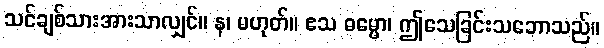
သင်ချစ်သားအားသာလျှင်။ န၊ မဟုတ်။ ဧသ ဓမ္မော၊ ဤသေခြင်းသဘောသည်။